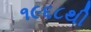
૧૯૬૮થી